Vital statistics of India. Vol. IV, Annual returns from 1871 to 1876. British Army of India, Native Army and jails of Bengal
Year: 1871
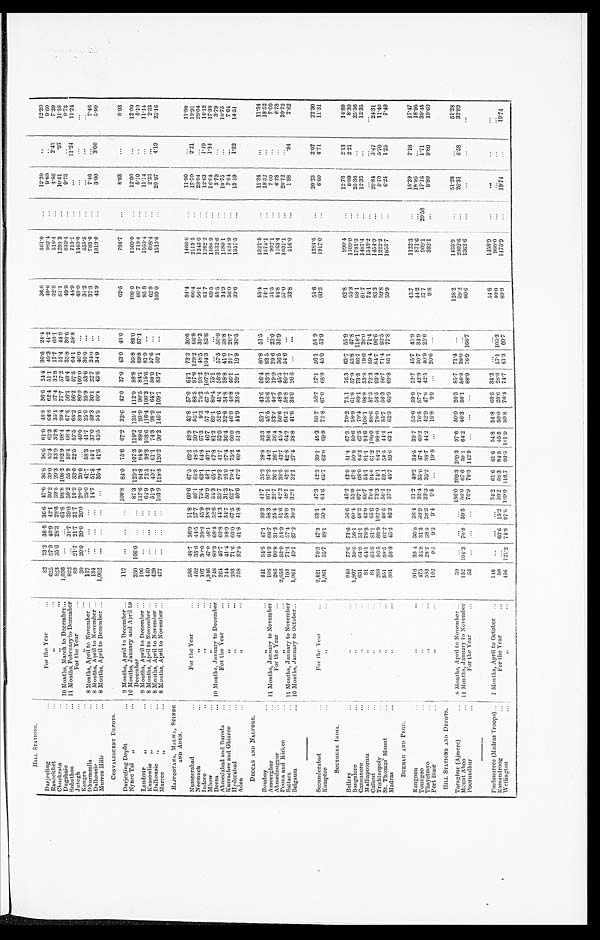
HILL STATIONS.
Darjeeling . . .
For the Year
. . . 82
73.2 36.6 36.6 47.6 36.6 36.6
6 1 . 0 48.8 36.6 24.4 36.6 24.4
36.6
561.0
. . .
12.20
. . .
12.20
39. 0 53.4
6 2 . 3 66.8 62.4 51.1 49.3 44.2
49.6
9 8 2 . 4
. . .
9.60
. . .
9.60
30.2
Raneekhet . . .
" . . .
6 2 5
57.9 40.9 42.1
17.7 66.1
32.8
516.4
. . .
4.86
2.43
7.29
32.8
823
35.6 28.3 28.6 39.5 29.3 33.9 32.8 35.1 37.4
Chuckrata . . .
" " . . .
57.4 44.9
81.1
1299.2
. . .
10.61
.97
11.58
57.2
1,036
. . .
. . . 61.8 98.8 108.2 102.9 98.4 99.4 77.7
10 Months, March to December
Dugshaie . . .
35.8 30.6
49.9
839.4
. . .
9.73
. . .
9.73
48.4
. . .
31.7 39.0 50.2 55.9 59.4 66.4 67.6 56.1
822
11 Months, February to December
Subathoo . . .
57.5 64.1 58.8
44.9
719.1
. . .
. . .
11.24
11.24
21.7 21.7 21.7 10.9 33.0 22.5 57.5 68.2 56.2
89
Juttogh . . .
For the Year . . .
80.0 100 . 0 40.0
. . .
40.0
1460.0
. . .
. . .
. . .
. . .
50
20.0 20.0 20.0 20.0 20.0
. . . 40.6 80.0
Kangra . . .
" . . .
36.0
. . .
34.2
555.5
. . .
. . .
. . .
. . .
53.6
117
. . .
. . .
. . .
25.0 41.7 58.3 41.7 25.0 25.9
Dhurmsalla . . .
8 Months, April to November . . .
37.3
783.6
. . .
7.46
. . .
7.46
. . .
. . .
. . .
. . .
14.7 51.5 44.1 37.0 59.3 30.1 22.7 24.0
134
Dalhousie . . .
8 Months, April to November . . .
. . .
. . .
. . .
. . . 35.4 41.3 45.5 55.5 50.4 43.6 34.9
. . .
42.9
1019.0
. . .
3.00
3 . 0 0
5.99
1,002
Murree Hills . . .
8 Months, April to December . . .
CONVALESCENT DEPOTS.
Darjeeling Depôt . . .
9 Months, April to December . . .
112
. . .
. . .
. . . 100.8 84.0 75.6 67.2 33.6 42.0 37.0 43.0 43.0
62.5
794.7
. . .
8.93
. . .
8.93
Nynec Tal " . . .
10 Months, January and April to
December . . .
250 106.0
. . .
. . .
87.3 120.2 107.3 119.2 135.1 112.0 88.8 95.8 89.0
108.0
1300.0
. . .
12.00
. . .
12.00
8 6 . 7
719 4
. . .
5.10
. . .
5.10
Landour " . . .
9 Months, April to December . . .
196
. . .
. . .
. . . 117.6 94.8 94 .8 89.6 93.9 99.5 84.1 69.8 57.1
95 8
1053.4
. . .
11.14
. . .
11.14
K u s s o w l i e " . . .
8 Months, April to November . . .
449
. . .
. . .
. . . 64.9 73.5 98.3 108.6 116.4 106.3 115.6 81.9
. . .
6 2 . 9
608.4
. . .
2.33
. . .
2.33
D a l h o u s i e " . . .
8 Months, April to November . . .
429
. . .
. . .
. . .
51.9 40.7 61.1 74.3 98.9 64.7 59.0 57.6
. . .
109.0
1513.6
. . .
20.97
4.19
25.16
Murree " . . .
8 Months, April to November . . .
4 7 7
. . .
. . .
. . . 103.9 118.8 126.2 90.2 146.1 109.1 83.7 60.1
. . .
RAJPOOTANA, MALWA, SCINDE
AND ADEN.
Nusseerabad . . .
For the Year. . .
588
48.7 36.0 51.8 60.6 67.5 69.3 48.9 43.8 57.0 64.1 73.3 30.6
54.4
1466.0
. . .
11.90
. . .
11.90
66.8
66.4
2119.5
. . .
17.70
2.21
19.91
129.2
452
35.0 44.5 57.7 46.1 '
65.8 48.5 50.7 55.1 88.5 97.8
Neemuch . . .
" . . .
39.2
56.1
1243.0
. . .
28.04
. . .
28.04
48.5
107
30.0 39.2 45.9 73.4 63.1 64.8 67.3
9.3 70.2 93.2
Indore . . .
" . . .
82.6
61.7
1262.2
. . .
12.63
1.49
14.12
1,346
47.0 46.1 38.2 50.9 48.1 40.1 46.7 57 4 67.5 107.2 104.3
Mhow . . .
" . . .
69.5
1586.9
. . .
16.04
1.34
17.38
748
80.3 68.4 52.6 54.3 65.1 67.8 81.2 69.1 80.4 75.1
. . .
. . .
Deesa . . .
10 Months, .January to December
45.5
2132.6
. . .
3.79
. . .
3.79
46.7 60.8 44.3 35.7 29.3 41.7 52.0 52.6 41.4 56.6 57.5 50.0
2 6 4
Ahmedabad and Baroda . . .
For the Year...
38.8
34.9
1180.1
. . .
10.75
. . .
10.75
744
41.4 38.9 34.7 31.3 25.0 27.4 36.4 32.8 34.8 38.8 41.0
Kurrachee and Ghizree . . .
"
. . .
26.7
56.0
1424.9
. . .
7.64
. . .
7.64
393
71.6 60.0 67.5 62.7 70.4 75.2 60.0 46.0 48.8 46.1 21.7
Hyderabad . . .
" . . .
39.6
1357.5
. . .
13.19
1.32
14.51
32.5 41.8 41.8 40.6 47.2 60.4 51.3 44.9 38.5 29.1 19.9 30.5
758
Aden . . .
" . . .
DECCAN AND NAGPORE.
Bombay . . .
"
. . .
441
54.5
4 7 . 1 59.3 41.7 35.3 28.9 33.3 53.1 43.6 56.4 60.8 51.5
45.4
1521.5
. . .
11.34
. . .
11.34
83.3 93.5
. . .
74.1
1574.1
. . .
18.52
. . .
18.52
94.3 66.7 58.3 97.1 97.3 44.2 36.4
108
45.5 56.6
Asseerghur . . .
11 Months, January to November
96.8 31.3 25.4
286
25.7 26.1 26.1 36.4 33.2 40.7 19.9 29.6 23.0
31.5
902.1
. . .
7.00
. . .
7.00
Ahmednuggur . . .
F o r t h e Y e a r .
. . .
38.5 42.7 45.4 50.6 48.9 45.5 36.5 35.9
44.8
1163.4
. . .
6.78
. . .
6.78
2,656
52.0 54.9 51.6 42.2
Poona and Kirkee . . .
"
. . .
71.4 57.4 58.0 48.1 42.8 42.8 64.2 64.2 58.8 80.2 54.6
. . .
57.0
1031.1
. . .
20.72
. . .
20.72
193
Sattara . . .
11 Months, January to November
32.1 32.1 27.4 38.8 41.6 36.0 26.6
. . .
. . .
33.8
516.0
. . .
1.88
. 9 4
2.82
1,064
40.1 37.2 30.2
Belgaum . . .
10 Months, January to October . . .
Secunderabad . . .
For the Year
2,421
70.3 47.3 53.1 47.3 42.3 39.1 45.3 50.7 56.7 57.1 56.1 55.9
51.6
1284.6
. . .
20.23
2.07
22.30
68.9 45.0 53.9
60.3
1917.0
. . .
6.60
4.71
11.31
Kamptee . . .
"
. . . 1,061
55.7 48.1 50.4 64.6 65.7 62.0 69.8 73.8 67.0
SOUTHERN INDIA.
Bellary . . .
" . . .
940
77.6 71.6 56.6
4 5 . 2 42.9 51.4 67.3 70.2 75.1 76.3 63.7 55.9 62.8
990.4
. . .
12.76
2.13
14.89
1109.0
. . .
6.09
2.21
8.30
55.3
Bangalore. . .
" . . .
1,807
59.6 58.1 60.4 55.0 47.8 50.0 50.6 58.9 61.8 57.9 53.8 47.8
1781.3
. . .
25.36
. . .
25.36
118.1
68.1
66.7
c a n n a n o r e . . .
" . . .
631
64.8 51.1 48.2 67.1 68.0
6 4 . 2
67.5 79.4 89.1 73.3
1407.4
. . .
12.35
. . .
12.35
61.7
108.1 98.8 53.8 19.0
2 0 . 0
Malliapoorum . . .
" . . .
8 1
64.1 78.9
42.9 66.7 54.1 81.1 94.6
59.4 71.4
74.1
1543.2
. . .
. . .
. . .
. . .
72.3
Calicut . . .
" . . .
8 1
65.8
8 1 . 1
55.6 70.4
9 4 . 6 61.2 100.0 88.6 87.5
1454.9
. . .
20.84
3.47
24.31
93.4
84.7 96.6
83.3
56.5
Trichinopol . . .
" . . .
288
86.5 83.9 102.0 73.3 74.1 84.2 98.6 78.0
. . .
5.70
5.70
11.40
1222.2
56.3 56.7 71.4
9 3 . 5
59.8
55.7
St. Thomas' Mount . . .
" . . .
351
59.5 62.2 46.5 56.1 59.1 54.5 44.4
. . .
6.24
1 . 2 5
7.49
1053.7
77.8
59.9
Madras . . .
" . . .
801
58.8 45.2 46.2 37.7 45.7 59.6 63.1 62.3 66.9 69.8 86.1
BURMAH AND PEGU.
Rangoon . . .
" . . .
916
39.4 36.0 38.4 31.2 40.2 34.5 39.7 55.6 59.9 52.7 45.7 45.9
43.7
1122.3
. . .
15.29
2.18
17.47
18.95
. . .
1 8 . 9 5
42.9 30.7 34.9
44.2
8 7 1 . 6
. . .
Toungoo . . .
" . . .
475
33.8 31.3 38.9
3 3 . 4 35.6 47.4 60.2 76.5
5 7 . 7
37.7
909.1
20.58
17.16
1.71
39.45
Thayetmyo . . .
" . . .
583
28.7 38.5 38.3 33.3 35.2 38.7 44.2 42.9 47.0 42.5 40.9 25.6
9.9
. . . 20.6
. . .
9.8
392.1
. . .
9.80
9.80
19.60
19.8
Port Blair . . .
" . . .
102
9.3
9.3
9.4
9 . 5
. . .
19.8
. . .
HILL STATIONS AND DEPOTS.
Taraghur (Ajmere) . . .
8 Months, April to November . . .
39
. . .
. . .. . .
186.0 209.3 209.3 97 .6 50.0 26.3 85.7 71.4
. . .
128.2
1435.9
. . .
51.28
. . .
51.28
56.1 56.8 38.0
. . .
59.2
2302.6
. . .
26.31
6.58
32.89
46.3
Mount Aboo . . .
11 Months, January to November
152 104.3 70.8 59.5 56.0 67.6 59.1 64 . 2
1363.6
. . .
. . .
. . .
. . .
60.6
Poorundhur . . .
F o r t h e Y e a r . . .
33
. . .
. . .
. . .
76.9 76.9 142.9
. . . . . .
. . .
88.9 76.9 166.7
Puchmurree (Madras Troops) . . . 7 Months, April to October
146
. . .
. . .
. . . 34.2 61.6 61.6 54.8 54.8 68.5 34.2
. . .
. . .
54.8
1458.9
. . .
. . .
. . .
. . .
40.0
960.0
. . .
. . .
. . .
. . .
105.3
Ramandroog
For the Year
50
. . . 60.6 15.2 39.2 58.3 84.5 45.5 50.0 28.6 28.6 57.1
89.9
1475.9
. . . 19.74 . . .
19.74
60.7
Wellington
" . . .
456 121.2 74.8 97.6 109.0 110.7 93.3 101.9 80.8 76.4 74.7 81.3